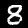
Label: 8